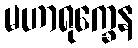
မဟာရုက္ခေန